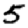
Digit: 5